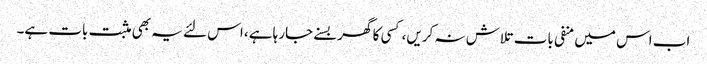
اب اس میں منفی بات تلاش نہ کریں، کسی کا گھر بسنے جارہا ہے، اس لئے یہ بھی مثبت بات ہے۔